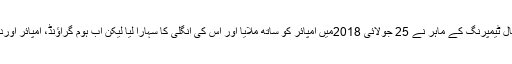
ایک سوال کے جواب میں انہوں نے کہاکہ میچ فکسنگ اوربال ٹیمپرنگ کے ماہر نے 25 جولائی 2018میں امپائر کو ساتھ ملایا اور اس کی انگلی کا سہارا لیا لیکن اب ہوم گراؤنڈ، امپائر اوردیگر حربوں کے باوجود لاڈلا فالو آن کی طرف ہی جائے گا۔